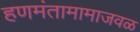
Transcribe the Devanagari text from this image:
हणमंतामामाजवळ